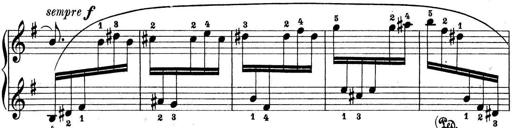
Title: Preis-Sonatine
Composer: Ernst James Bremner